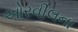
ઓરવીલના